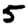
Digit: 5